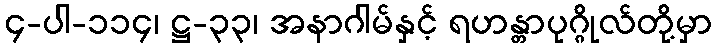
၄-ပါ-၁၁၄၊ ဋ္ဌ-၃၃၊ အနာဂါမ်နှင့် ရဟန္တာပုဂ္ဂိုလ်တို့မှာ